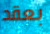
بعقد